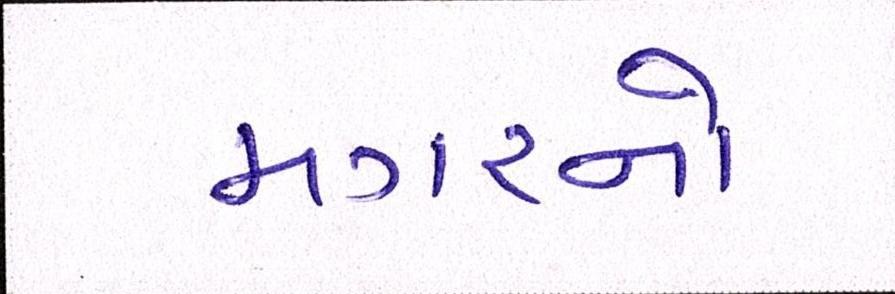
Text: મગરનો